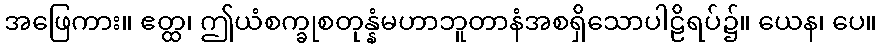
အဖြေကား။ ဧတ္ထ၊ ဤယံစက္ခုစတုန္နံမဟာဘူတာနံအစရှိသောပါဠိရပ်၌။ ယေန၊ ပေ။